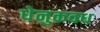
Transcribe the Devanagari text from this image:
धेनुकवध